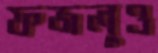
ফজলুও